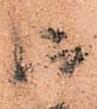
御